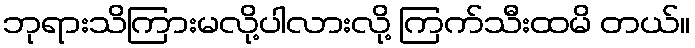
ဘုရားသိကြားမလို့ပါလားလို့ ကြက်သီးထမိ တယ်။